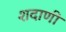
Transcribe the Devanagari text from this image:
शदाणी